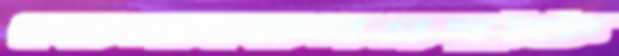
যোগাযোগপ্রযুক্তি